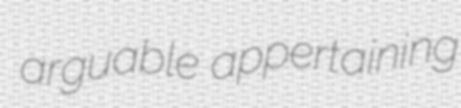
arguable appertaining